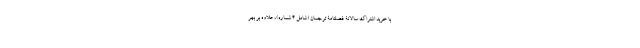
با خرید اشتراک سالانۀ فصلنامۀ ترجمان (شامل ۴ شماره)، علاوه بر بهر